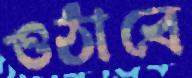
ওঠাবে